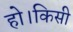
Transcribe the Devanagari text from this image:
हो।किसी